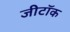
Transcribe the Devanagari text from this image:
जीटॉक